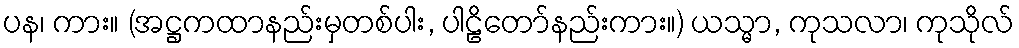
ပန၊ ကား။ (အဋ္ဌကထာနည်းမှတစ်ပါး, ပါဠိတော်နည်းကား။) ယသ္မာ, ကုသလာ၊ ကုသိုလ်